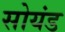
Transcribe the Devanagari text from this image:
सोयंड